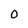
Character: O